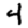
Digit: 4